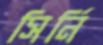
সির্নি